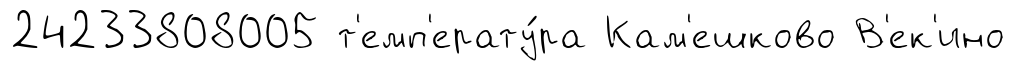
24233808005 т'емп'ерату́ра Кам'ешково В'ек'ино